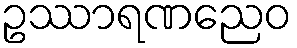
ဥဿာရဏညေဝ